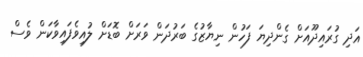
އަދި ގުރައިދޫއަށް ގެންދިޔަ ފަހުން ނިޔާޒުގެ ބަރުދަން ވަރަށް ބޮޑަށް ލުއިވެފައިވާކަން ވެސް